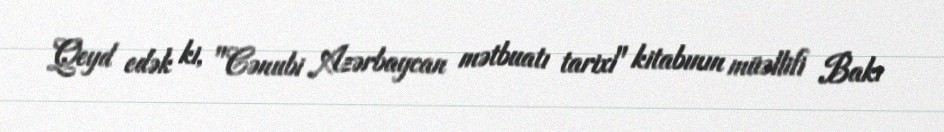
Qeyd edək ki, "Cənubi Azərbaycan mətbuatı tarixi" kitabının müəllifi Bakı